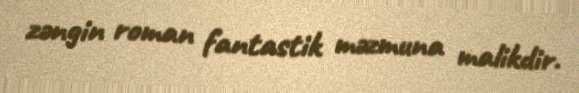
zəngin roman fantastik məzmuna malikdir.